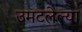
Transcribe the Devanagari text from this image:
उमटलेल्या